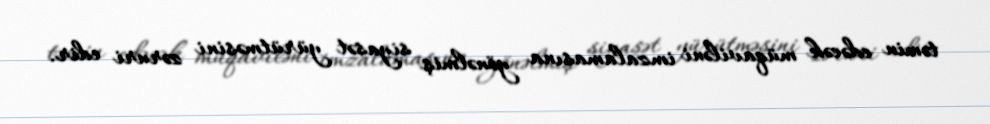
təmin edəcək müqaviləni imzalamasına yönəlmiş siyasət yürütməsini zəruri edir.